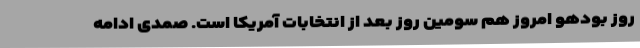
روز بودهو امروز هم سومین روز بعد از انتخابات آمریکا است. صمدی ادامه